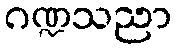
ဂဏ္ဍသညာ